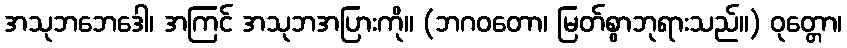
အသုဘဘေဒေါ၊ အကြင် အသုဘအပြားကို။ (ဘဂဝတော၊ မြတ်စွာဘုရားသည်။) ဝုတ္တော၊